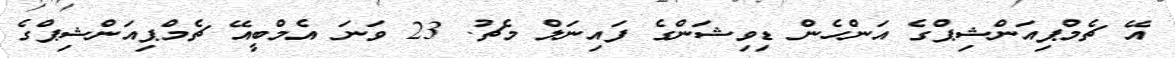
އޭ ޗެމްޕިއަންޝިޕްގެ އަންހެން ޑިވިޝަންގެ ފައިނަލް މެޗު. 23 ވަނަ އެމްބީއޭ ޗެމްޕިއަންޝިޕްގެ